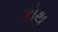
કોથ